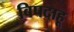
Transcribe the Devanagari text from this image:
बिपदाहू